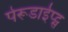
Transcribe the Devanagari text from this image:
पेरूडाईप्ट्स